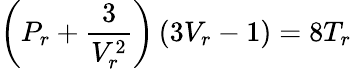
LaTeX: \left(P_{r}+{\frac{3}{V_{r}^{2}}}\right)\left(3V_{r}-1\right)=8T_{r}